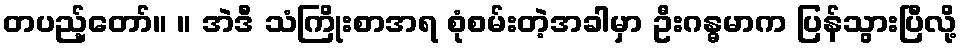
တပည့်တော်။ ။ အဲဒီ သံကြိုးစာအရ စုံစမ်းတဲ့အခါမှာ ဦးဂန္ဓမာက ပြန်သွားပြီလို့